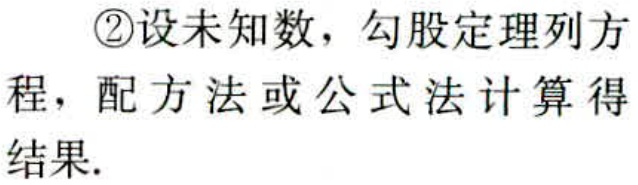
\textcircled{2}设未知数，勾股定理列方程，配方法或公式法计算得结果.